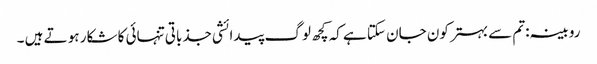
روبینہ:تم سے بہتر کون جان سکتا ہے کہ کچھ لوگ پیدائشی جذباتی تنہائی کا شکار ہو تے ہیں ۔